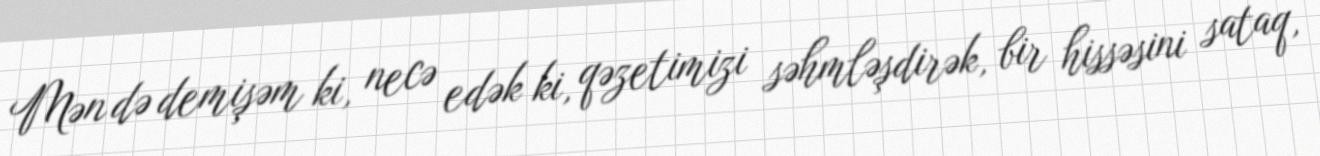
Mən də demişəm ki, necə edək ki, qəzetimizi səhmləşdirək, bir hissəsini sataq,